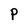
Character: P